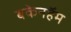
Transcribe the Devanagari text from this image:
बकेनहॅम